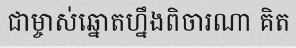
ជាម្ចាស់ឆ្នោតហ្នឹងពិចារណា គិត